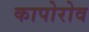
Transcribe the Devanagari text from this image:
कापोरोव